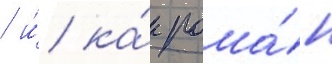
/ и́ ка́к рома́н